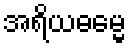
အရိယဓမ္မေ